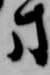
方